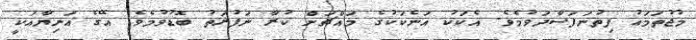
މުޖުތަމަޢު ފިތުނަފަސާދަވުމެވެ. އެކަކު އަނެކަކުގެ މައްޗަށް ކުރާ ނަފުރަތު ބޮޑުވުމެވެ. އޭގެ އަނިޔާއަކީ